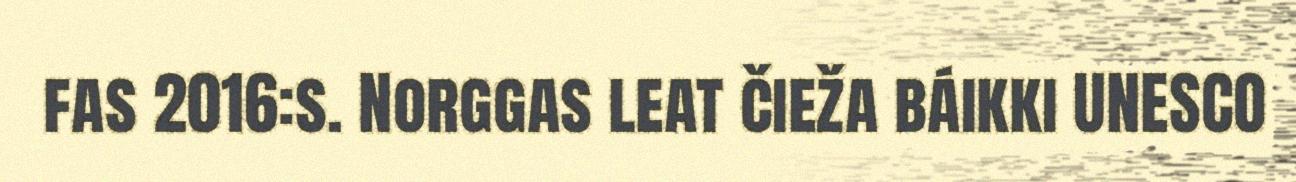
fas 2016:s. Norggas leat čieža báikki UNESCO